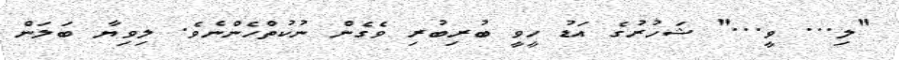
"ލި... ވީ..." ޝަހުރުގެ އަޑު ހީވީ ބުރިބުރި ވެގެން ނުކުތްހެންނެވެ. ލިވިޔާ ބަލަން